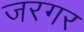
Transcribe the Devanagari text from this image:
जरगर